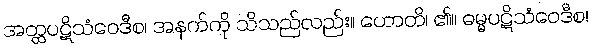
အတ္ထပဋိသံဝေဒီစ၊ အနက်ကို သိသည်လည်း။ ဟောတိ၊ ၏။ ဓမ္မပဋိသံဝေဒီစ၊